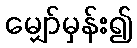
မျှော်မှန်း၍